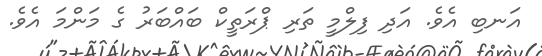
އަނބި އެވެ. އަދި ފިލްމީ ތަރި ޕްރަތީކް ބައްބަރު ގެ މަންމަ އެވެ.